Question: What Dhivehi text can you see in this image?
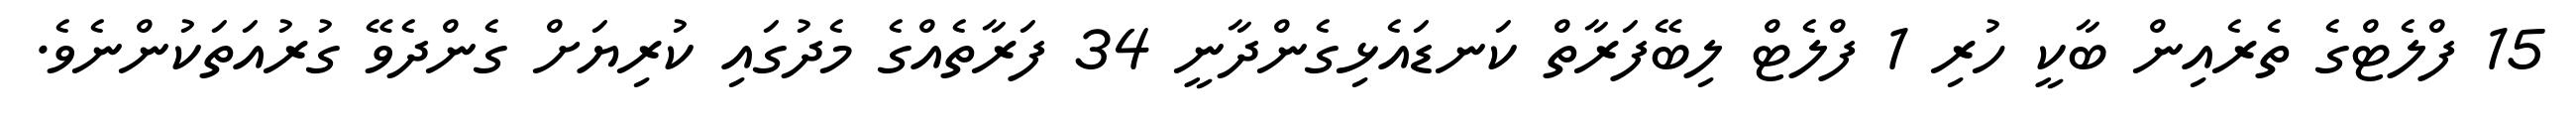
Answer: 15 ފްލެޓްގެ ތެރެއިން ބާކީ ހުރި 1 ފްލެޓް ލިބޭފަރާތް ކަނޑައެޅިގެންދާނީ 34 ފަރާތެއްގެ މެދުގައި ކުރިޔަށް ގެންދެވޭ ގުރުއަތަކުންނެވެ.